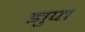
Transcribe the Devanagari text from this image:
ज्ञुप्‍त